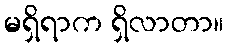
မရှိရာက ရှိလာတာ။